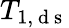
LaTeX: T_{1,\mathrm{~d~s~}}